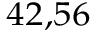
^ { 4 2 , 5 6 }